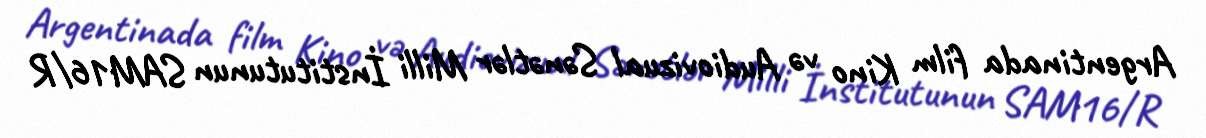
Argentinada film Kino və Audiovizual Sənətlər Milli İnstitutunun SAM16/R